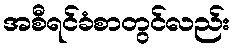
အစီရင်ခံစာတွင်လည်း